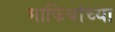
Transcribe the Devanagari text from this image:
माफियांच्या